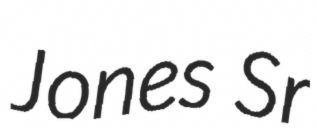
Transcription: Jones Sr